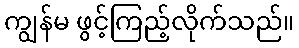
ကျွန်မ ဖွင့်ကြည့်လိုက်သည်။